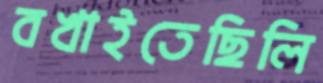
বখাইতেছিলি